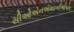
સીઓએનએમઇબીઓએલ